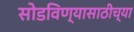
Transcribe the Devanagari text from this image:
सोडविण्यासाठीच्या